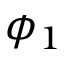
\phi _ { 1 }